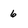
Character: 6